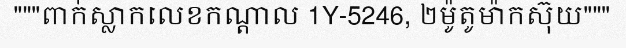
"""ពាក់ស្លាកលេខកណ្តាល 1Y-5246, ២ម៉ូតូម៉ាកស៊ុយ"""